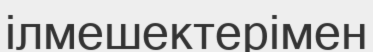
ілмешектерімен